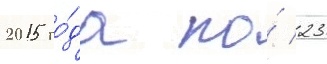
2015 го́да по́ 23